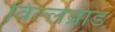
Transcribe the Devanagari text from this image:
विल्लेब्रांड